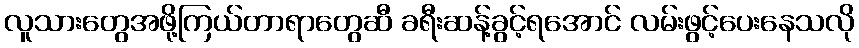
လူသားတွေအဖို့ကြယ်တာရာတွေဆီ ခရီးဆန့်ခွင့်ရအောင် လမ်းဖွင့်ပေးနေသလို